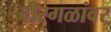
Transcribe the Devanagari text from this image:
वीरगळांवर